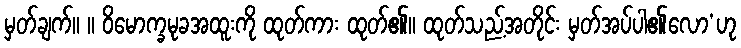
မှတ်ချက်။ ။ ဝိမောက္ခမုခအထူးကို ထုတ်ကား ထုတ်၏။ ထုတ်သည့်အတိုင်း မှတ်အပ်ပါ၏လော’ဟု